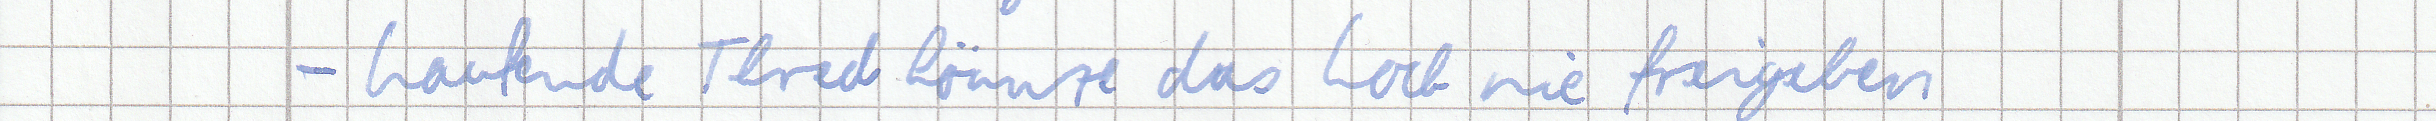
- Laufende Thred könnte das Lock nie freigeben